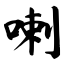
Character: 喇